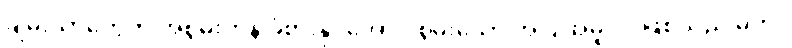
ချမ်းသာတွေကို အစွမ်းကုန် ခံစားနိုင်အောင် စွမ်းသော အပြုအမူပင် ဖြစ်သည် မှတ်။